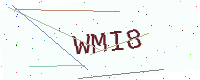
Text: WMI8